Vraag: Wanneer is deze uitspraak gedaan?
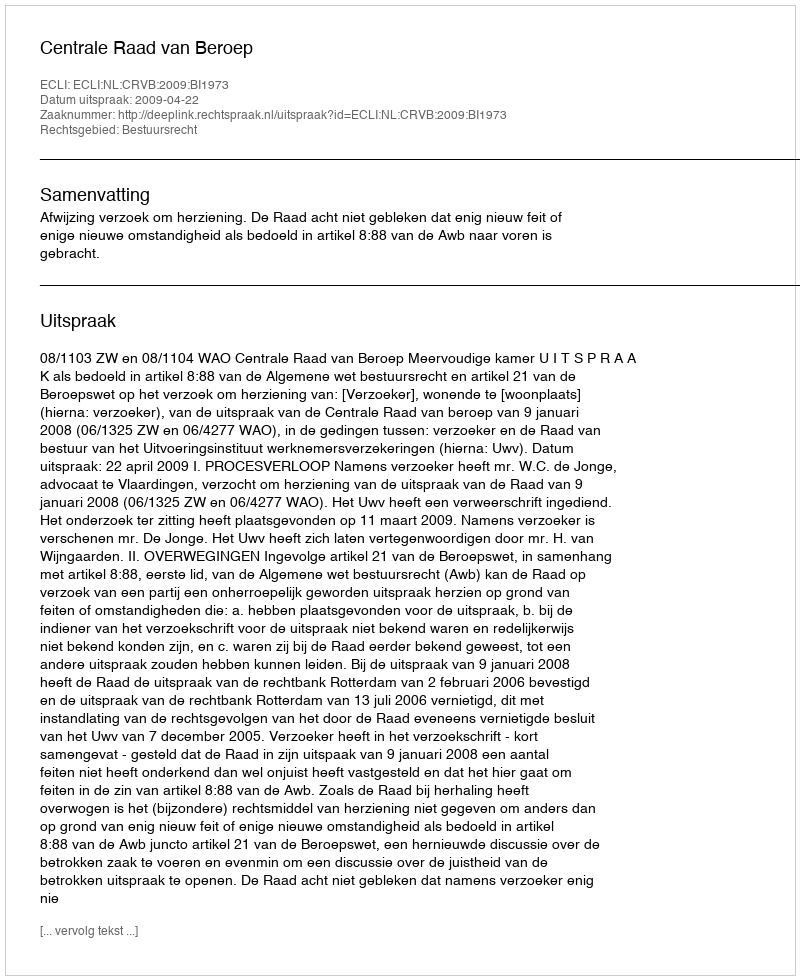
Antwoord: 2009-04-22